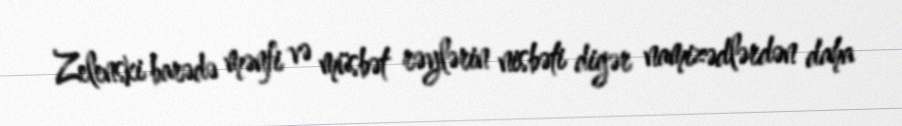
Zelenski barədə mənfi və müsbət rəylərin nisbəti digər namizədlərdən daha